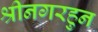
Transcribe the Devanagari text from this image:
श्रीनगरहुन